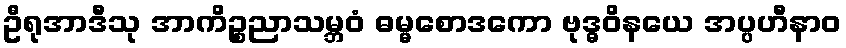
ဦရုအာဒီသု အာကိဉ္စညာသမ္ဘဝံ ဓမ္မစောဒကော ဗုဒ္ဓဝိနယေ အပ္ပဟီနာဝ